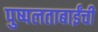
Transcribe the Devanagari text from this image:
पुष्पलताबाईंची